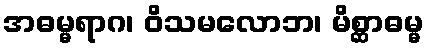
အဓမ္မရာဂ၊ ဝိသမလောဘ၊ မိစ္ဆာဓမ္မ